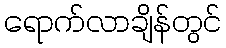
ရောက်လာချိန်တွင်